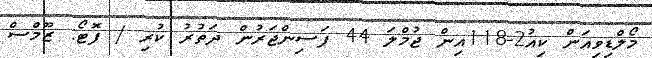
މޯލްޑިވިއަން ކިއު2-118އިން ޖުމްލަ 44 ފަސިންޖަރުން ދަތުރު ކުރި / ފޮޓޯ: ޒޫމްސް